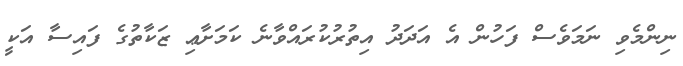
ނިންމެވި ނަމަވެސް ފަހުން އެ އަދަދު އިތުރުކުރައްވާނެ ކަމަށާޢި ޒަކާތުގެ ފައިސާ އަކީ